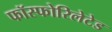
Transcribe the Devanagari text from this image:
फॉस्फोरिलेटेड